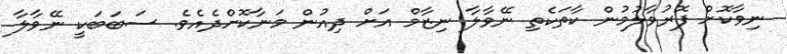
ނިވާކޮށް ފޮރުވާލުމުން ކާތަކެތި ނޭވާލާ ނިޒާމް އަށް ދިއުން މަނާކޮށްދެއެވެ. ސަބަބަކީ ނޭވާލާ